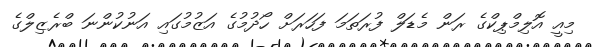
މިއީ އޮލިމްޕިކްގެ ރަން މެޑަލް ފުރަތަމަ ފަހަރަށް ހޯދުމުގެ އަޒުމުގައި އަނުކުންނަ ބްރެޒިލްގެ